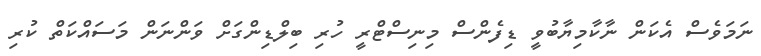
ނަމަވެސް އެކަން ނާކާމިޔާބުވީ ޑިފެންސް މިނިސްޓްރީ ހުރި ބިލްޑިންގަށް ވަންނަން މަސައްކަތް ކުރި